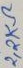
Text: 2,2KΩ